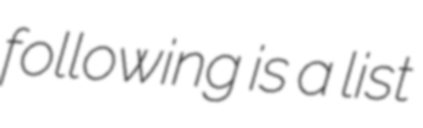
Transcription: following is a list